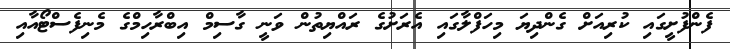
ފެންފުށީގައި ކުރިއަށް ގެންދިޔަ މިހަފްލާގައި އެރަށުގެ ރައްޔިތުން ވަނީ ގާސިމް އިބްރާހިމްގެ މެނިފެސްޓޯއާއި